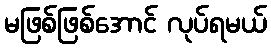
မဖြစ်ဖြစ်အောင် လုပ်ရမယ်